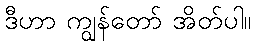
ဒီဟာ ကျွန်တော် အိတ်ပါ။